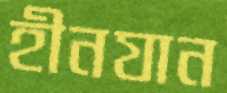
হীনযান